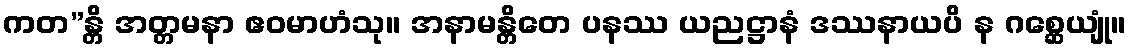
ကတ”န္တိ အတ္တမနာ ဧဝမာဟံသု။ အနာမန္တိတေ ပနဿ ယညဋ္ဌာနံ ဒဿနာယပိ န ဂစ္ဆေယျုံ။